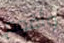
وأقوم